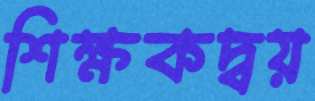
শিক্ষকদ্বয়